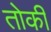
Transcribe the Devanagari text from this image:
तोकी